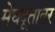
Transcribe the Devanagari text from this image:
मेघदूतावर